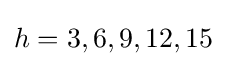
h=3,6,9,12,15